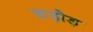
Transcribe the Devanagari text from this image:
कड़ोड़